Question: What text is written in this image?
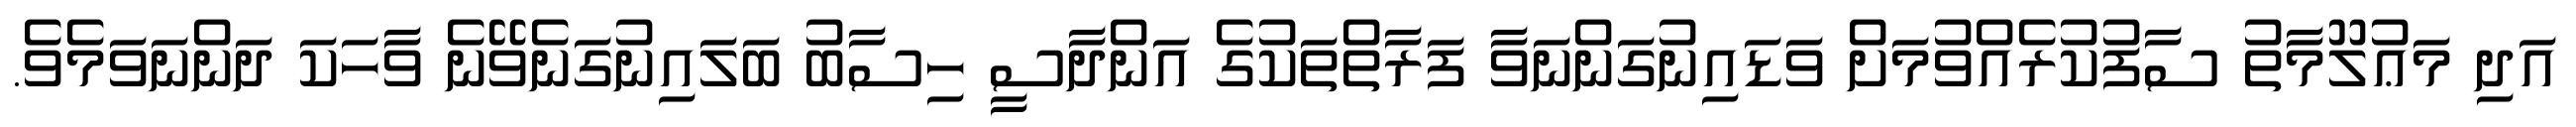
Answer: އަދި މަޢުލޫމާތު ސާފުކުރެއްވުމަށް ވަޑައިނުގަންނަވާ ފަރާތްތަކުގެ އަންދާސީ ހިސާބު ބަލައިނުގަނެވޭނެ ވާހަކަ ދަންނަވަމެވެ.